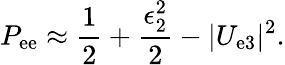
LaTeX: P_{\mathrm{e}\mathrm{e}}\approx\frac{{1}}{{2}}+\frac{{\epsilon_{2}^{2}}}{{2}}-|U_{\mathrm{e}3}|^{2}.